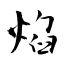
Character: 焰